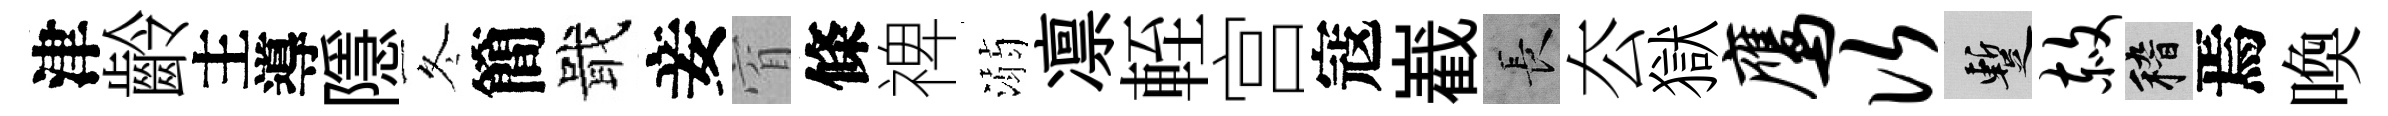
津齡主導隱冬簡戢妾窅條禆溺凛輊宫寇嶻长厺獄鹰次暫赦稽焉喚